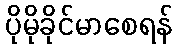
ပိုမိုခိုင်မာစေရန်